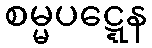
စမ္မပဋ္ဋေန